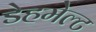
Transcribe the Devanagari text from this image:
डेहमेल्ट